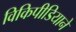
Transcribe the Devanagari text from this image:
विकिपीडियाने